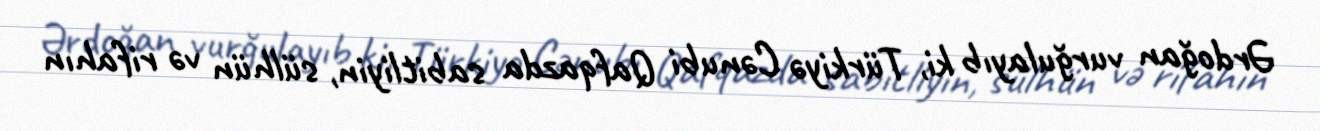
Ərdoğan vurğulayıb ki, Türkiyə Cənubi Qafqazda sabitliyin, sülhün və rifahın